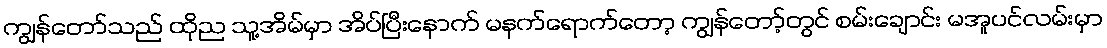
ကျွန်တော်သည် ထိုည သူ့အိမ်မှာ အိပ်ပြီးနောက် မနက်ရောက်တော့ ကျွန်တော့်တွင် စမ်းချောင်း မအူပင်လမ်းမှာ